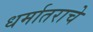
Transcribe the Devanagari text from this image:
धर्मातराचे